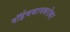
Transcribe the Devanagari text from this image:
दॉईचबानबरोबर